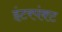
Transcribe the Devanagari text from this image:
इंटरपंक्ट